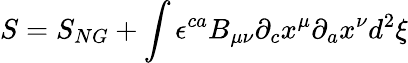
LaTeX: S=S_{NG}+\int{\epsilon}^{ca}B_{\mu\nu}{\partial}_{c}x^{\mu}{\partial}_{a}x^{\nu}d^{2}{\xi}